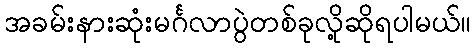
အခမ်းနားဆုံးမင်္ဂလာပွဲတစ်ခုလို့ဆိုရပါမယ်။